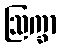
ဩက္ခာ